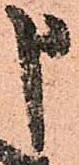
申